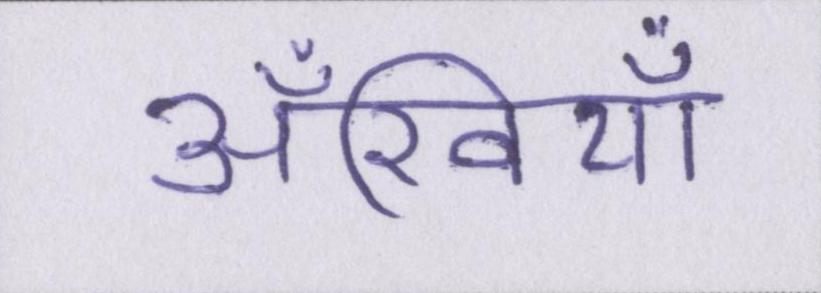
अँखियाँ